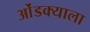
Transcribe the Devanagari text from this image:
ओंडक्याला